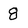
Character: 8